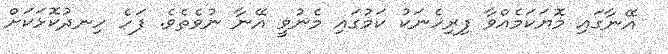
އޭނާގައި މޮޔަކަމެއްވާ ފިރިހެނަކު ކަމުގައި މެނުވީ އޭނާ ނުވެތެވެ. ފަހެ ހިނދުކޮޅަކަށް